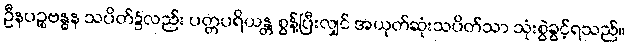
ဦနပဉ္စဗန္ဓန သပိတ်၌လည်း ပတ္တပရိယန္တ စွန့်ပြီးလျှင် အယုတ်ဆုံးသပိတ်သာ သုံးစွဲခွင့်ရသည်။